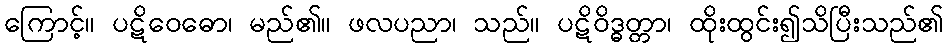
ကြောင့်။ ပဋိဝေဓော၊ မည်၏။ ဖလပညာ၊ သည်။ ပဋိဝိဒ္ဓတ္တာ၊ ထိုးထွင်း၍သိပြီးသည်၏